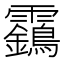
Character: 靎